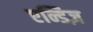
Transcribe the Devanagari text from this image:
एन्डिज़